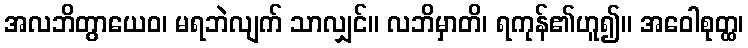
အလဘိတွာယေဝ၊ မရဘဲလျက် သာလျှင်။ လဘိမှာတိ၊ ရကုန်၏ဟူ၍။ အဝေါစုတ္ထ၊